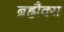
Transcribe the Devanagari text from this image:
ब्रह्मैक्य